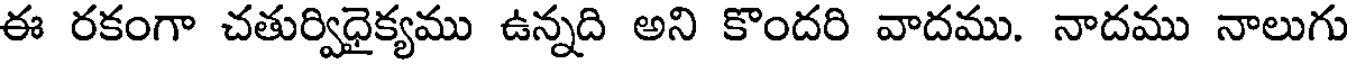
ఈ రకంగా చతుర్విధైక్యము ఉన్నది అని కొందరి వాదము. నాదము నాలుగు